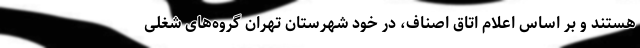
هستند و بر اساس اعلام اتاق اصناف، در خود شهرستان تهران گروه‌های شغلی